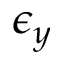
\epsilon _ { y }